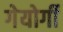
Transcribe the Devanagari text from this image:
गेयोर्गी